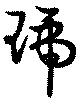
琥